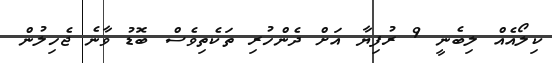
ކިލޯއެއް ލިބެނީ 9 ރުފިޔާ އަށް ދެންހުރި ތަކެތިވެސް ބޮޑު ވާނެ ޖެހިލުން